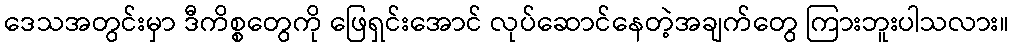
ဒေသအတွင်းမှာ ဒီကိစ္စတွေကို ဖြေရှင်းအောင် လုပ်ဆောင်နေတဲ့အချက်တွေ ကြားဘူးပါသလား။